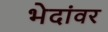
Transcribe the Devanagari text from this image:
भेदांवर